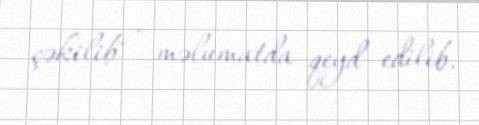
çəkilib" - məlumatda qeyd edilib.